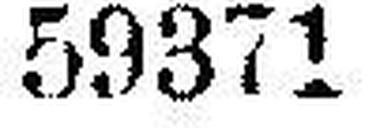
59371